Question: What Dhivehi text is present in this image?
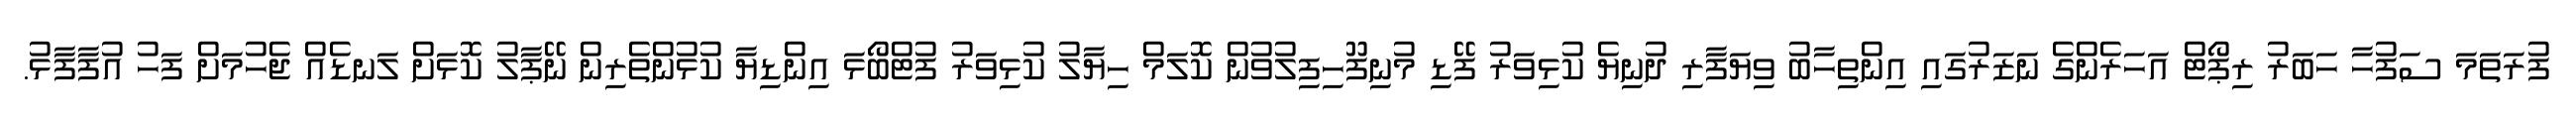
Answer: ފުރަތަމަ ސަފުހާ ހަބަރު ރިޕޯޓް އަހަރެންގެ ނަޒަރުގައި އިންތިހާބު ވިޔަފާރި ދުނިޔެ ކުޅިވަރު ފޭޑި މުނިފޫހިފިލުވުން ކޮލަމް ހިޔާލު ކުޅިވަރު ފުޓްބޯޅަ އިންޑިޔާ ކުޅުންތެރިން ނޭޕާލު ކޮޅަށް ލަނޑެއް ޖެހުމަށް ފަހު އުފާފާޅު.